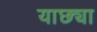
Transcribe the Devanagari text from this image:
याछ्या